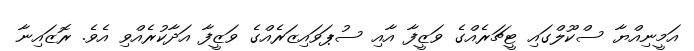
އަމީނިއްޔާ ސްކޫލްގައި ޓީޗަރެއްގެ ވަޒީފާ އާއި ސުޕަވައިޒަރެއްގެ ވަޒީފާ އަދާކުރެއްވި އެވެ. ރޮޒައިނާ